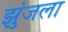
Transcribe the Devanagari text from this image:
झुंजला